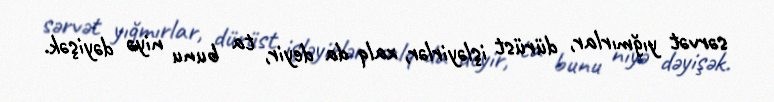
sərvət yığmırlar, dürüst işləyirlər, xalq da deyir, ta bunu niyə dəyişək.